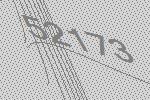
52173